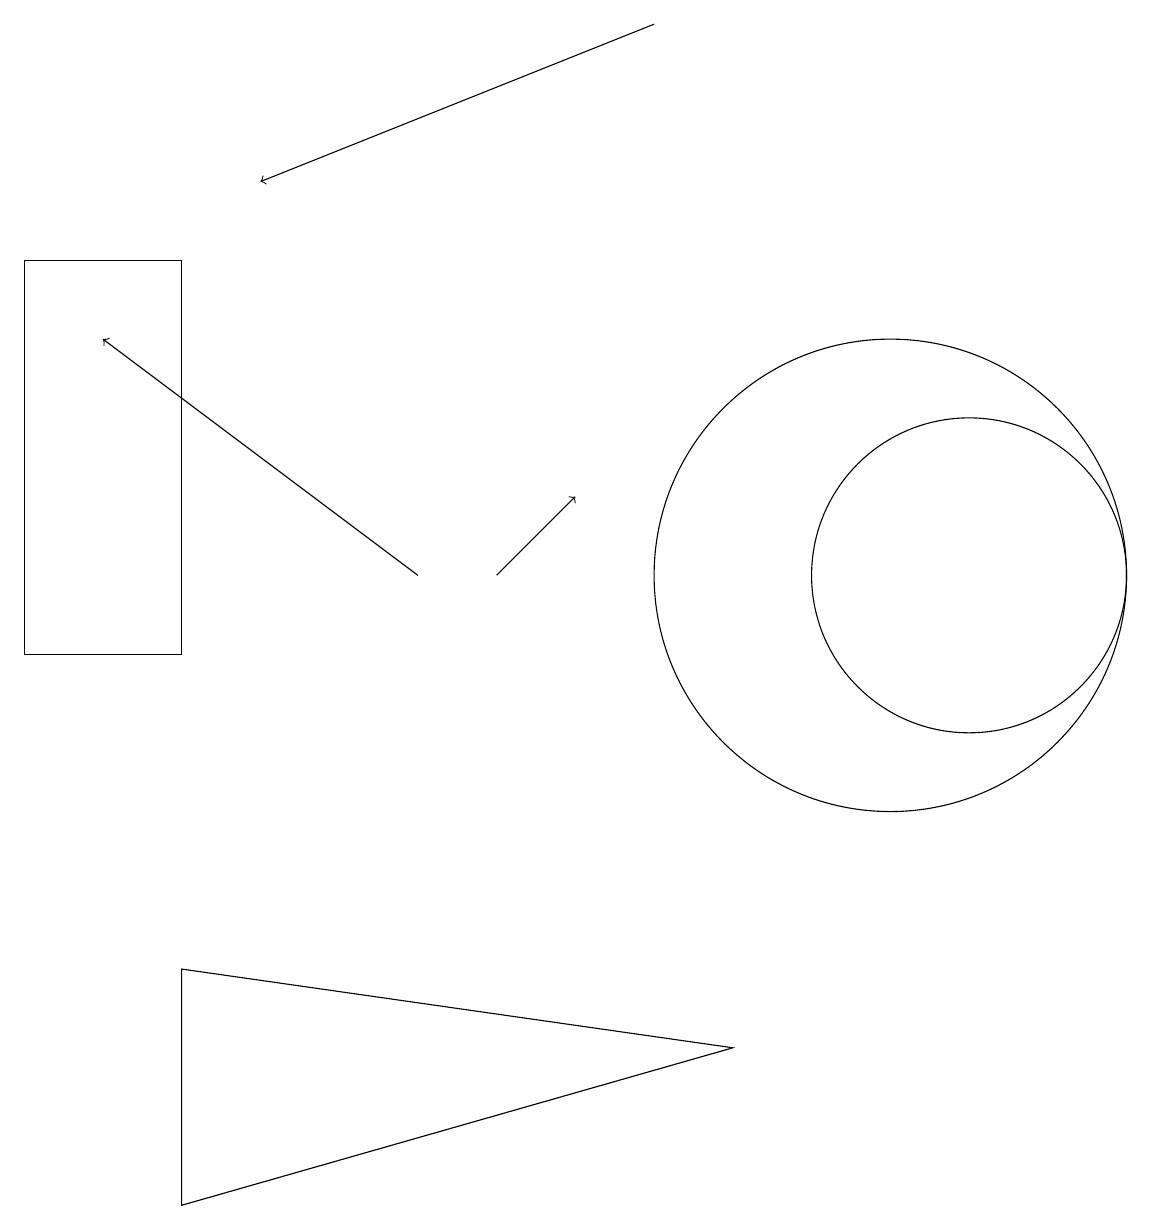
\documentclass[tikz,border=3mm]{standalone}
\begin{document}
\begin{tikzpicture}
\draw (11,11) circle (3);
\draw[->] (6,11) -- (7,12);
\draw[->] (5,11) -- (1,14);
\draw[->] (8,18) -- (3,16);
\draw (12,11) circle (2);
\draw (0,10) rectangle (2,15);
\draw (9,5) -- (2,6) -- (2,3) -- cycle;
\draw (10,11) circle (0);
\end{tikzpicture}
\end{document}